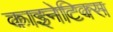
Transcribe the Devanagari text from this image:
काइनेटिक्स